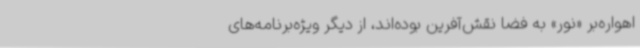
اهواره‌بر «نور» به فضا نقش‌آفرین بوده‌اند، از دیگر ویژه‌برنامه‌های